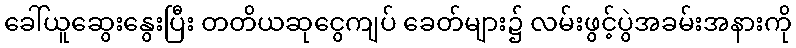
ခေါ်ယူဆွေးနွေးပြီး တတိယဆုငွေကျပ် ခေတ်များ၌ လမ်းဖွင့်ပွဲအခမ်းအနားကို